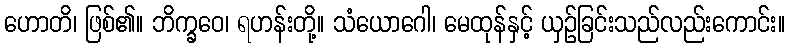
ဟောတိ၊ ဖြစ်၏။ ဘိက္ခဝေ၊ ရဟန်းတို့။ သံယောဂေါ၊ မေထုန်နှင့် ယှဉ်ခြင်းသည်လည်းကောင်း။